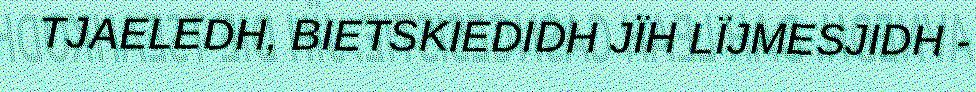
TJAELEDH, BIETSKIEDIDH JÏH LÏJMESJIDH -